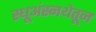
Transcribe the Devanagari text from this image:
स्धूअंस्नथेतून